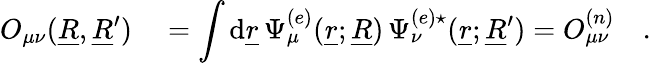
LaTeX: \begin{array}{rl}{O_{\mu\nu}(\underline{{R}},\underline{{R}}^{\prime})}&{{}=\displaystyle\int\mathrm{d}\underline{{r}}\, \Psi_{\mu}^{(e)}(\underline{{r}};\underline{{R}})\, \Psi_{\nu}^{(e)\star}(\underline{{r}};\underline{{R}}^{\prime})=O_{\mu\nu}^{(n)}\quad.}\end{array}